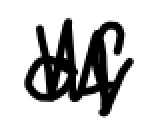
Text: of
Cross-out: zig-zag
Writing tool: digital_black